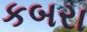
કબરા